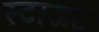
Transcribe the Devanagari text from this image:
स्टाऊट